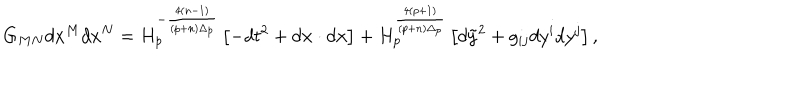
G _ { M N } d x ^ { M } d x ^ { N } = H _ { p } ^ { - { \frac { 4 ( n - 1 ) } { ( p + n ) \Delta _ { p } } } } \left[ - d t ^ { 2 } + d { \bf x } \cdot d { \bf x } \right] + H _ { p } ^ { \frac { 4 ( p + 1 ) } { ( p + n ) \Delta _ { p } } } \left[ d \tilde { y } ^ { 2 } + g _ { i j } d y ^ { i } d y ^ { j } \right] ,